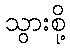
သွားစို့